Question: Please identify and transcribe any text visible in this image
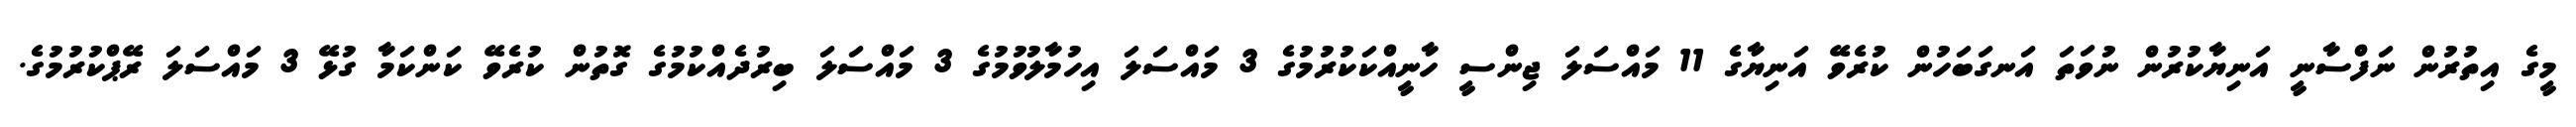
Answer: މީގެ އިތުރުން ނަފްސާނީ އަނިޔާކުރުން ނުވަތަ އަނގަބަހުން ކުރެވޭ އަނިޔާގެ 11 މައްސަލަ ޖިންސީ ހާނީއްކަކުރުމުގެ 3 މައްސަލަ އިހުމާލުވުމުގެ 3 މައްސަލަ ބިރުދެއްކުމުގެ ގޮތުން ކުރެވޭ ކަންކަމާ ގުޅޭ 3 މައްސަލަ ރޭޕްކުރުމުގެ.